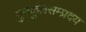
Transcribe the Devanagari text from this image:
गुरुकुलसम्प्रदय